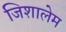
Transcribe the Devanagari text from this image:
जिशालेम